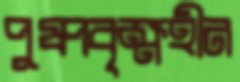
পুষ্পবৃক্ষহীন